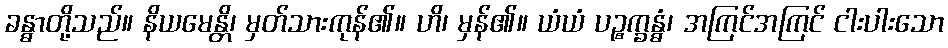
ခန္ဓာတို့သည်။ နိယမေန္တိ၊ မှတ်သားကုန်၏။ ဟိ၊ မှန်၏။ ယံယံ ပဉ္စက္ခန္ဓံ၊ အကြင်အကြင် ငါးပါးသော